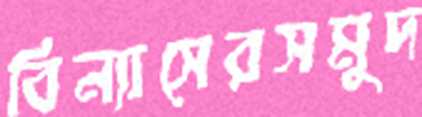
বিন্যাসেরসমুদ